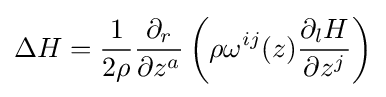
\Delta H={\frac {1}{2\rho }}{\frac {\partial _{r}}{\partial z^{a}}}\left(\rho \omega ^{ij}(z){\frac {\partial _{l}H}{\partial z^{j}}}\right)